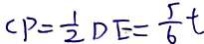
C P = \frac { 1 } { 2 } D E = \frac { 5 } { 6 } t